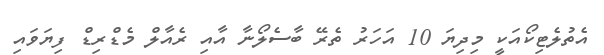
އެތުލެޓިކޯއަކީ މިދިޔަ 10 އަހަރު ތެރޭ ބާސެލޯނާ އާއި ރެއާލް މެޑްރިޑް ފިޔަވައި